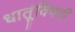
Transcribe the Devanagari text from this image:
धातूंविषयीं